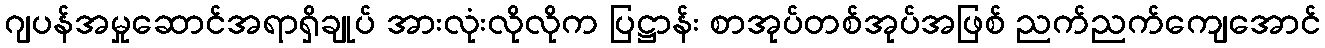
ဂျပန်အမှုဆောင်အရာရှိချုပ် အားလုံးလိုလိုက ပြဋ္ဌာန်း စာအုပ်တစ်အုပ်အဖြစ် ညက်ညက်ကျေအောင်